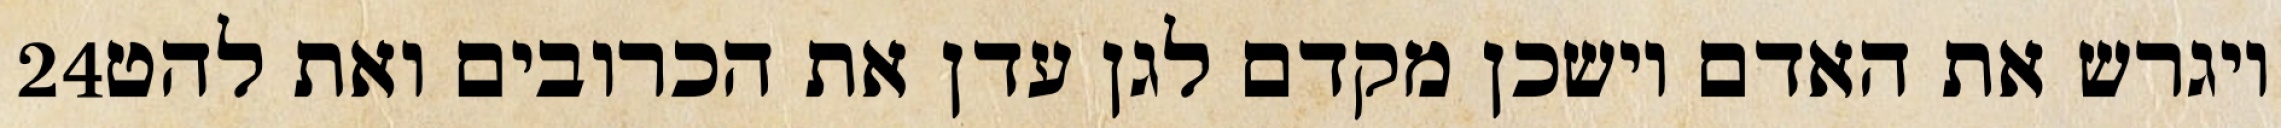
‎24‏ ויגרש את האדם וישכן מקדם לגן עדן את הכרובים ואת להט